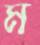
ম